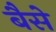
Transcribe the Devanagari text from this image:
बैसे